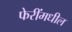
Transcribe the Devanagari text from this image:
फेरींमधील